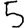
Digit: 5